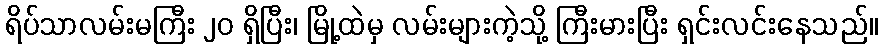
ရိပ်သာလမ်းမကြီး ၂၀ ရှိပြီး၊ မြို့ထဲမှ လမ်းများကဲ့သို့ ကြီးမားပြီး ရှင်းလင်းနေသည်။